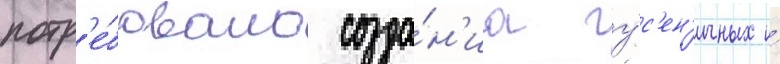
потр'е́бовало созда́н'иа гу́с'ен'ичных и́